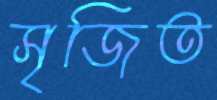
সৃজিত